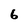
Character: 6